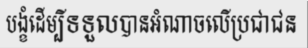
បង្ខំដើម្បីទទួលបានអំណាចលើប្រជាជន